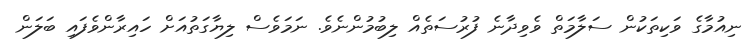
ނިއުމާގެ ވަކިތަކުން ސަލާމަތް ވެވިދާނެ ފުރުސަތެއް ލިބުމުންނެވެ. ނަމަވެސް ލިޔާގަތުއަށް ހައިރާންވެފައި ބަލަން